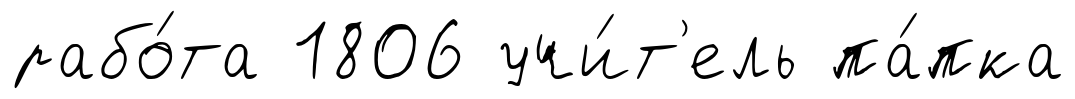
рабо́та 1806 учи́т'ель па́пка